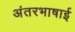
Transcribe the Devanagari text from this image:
अंतरभाषाई